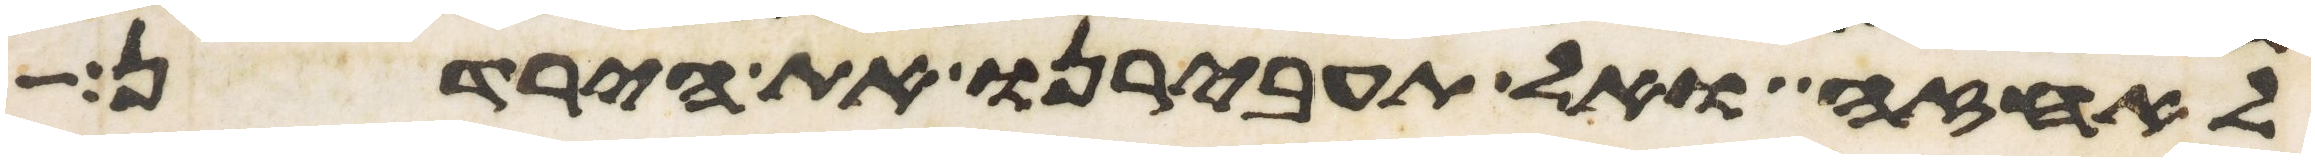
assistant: לאחזה ואל תעבירנו את הירדן